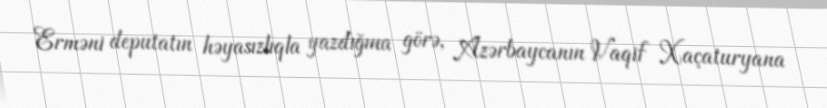
Erməni deputatın həyasızlıqla yazdığına görə, Azərbaycanın Vaqif Xaçaturyana